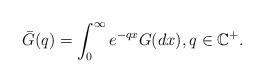
LaTeX: \begin{align*}\bar G(q)= \int_0^\infty e^{-qx}G(dx), q \in \mathbb C^+. \end{align*}